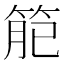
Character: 𥮄